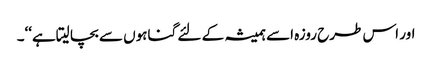
اور اس طرح روزہ اسے ہمیشہ کے لئے گناہوں سے بچا لیتاہے‘‘۔